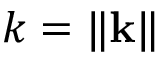
k = \| \mathbf { k } \|